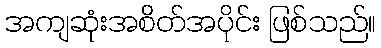
အကျဆုံးအစိတ်အပိုင်း ဖြစ်သည်။